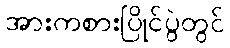
အားကစားပြိုင်ပွဲတွင်